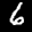
Label: 6